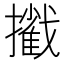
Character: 𢷿